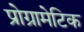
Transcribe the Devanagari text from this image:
प्रोग्रामेटिक